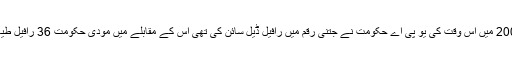
د ی ہندو کی رپورٹ میں انکشاف ہوا ہے کہ سال 2007 میں اس وقت کی یو پی اے حکومت نے جتنی رقم میں رافیل ڈیل سائن کی تھی اس کے مقابلے میں مودی حکومت 36 رافیل طیاروں کو 41.42 فیصد زیادہ قیمت پر خرید رہی ہے۔